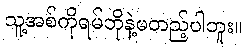
သူ့အစ်ကိုရမ်ဘိုနဲ့မတည့်ပါဘူး။